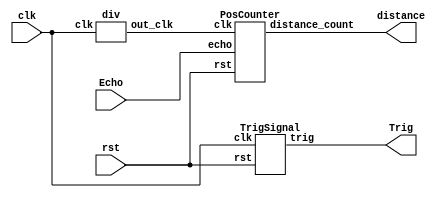
module sonic_top(clk, rst, Echo, Trig, distance);
	input clk, rst, Echo;
	output Trig;
    output [9:0] distance;

	wire[9:0] dis;
    wire clk1M;
	wire clk_2_17;

    assign distance = dis;

    div clk1(clk ,clk1M);
	TrigSignal u1(.clk(clk), .rst(rst), .trig(Trig));
	PosCounter u2(.clk(clk1M), .rst(rst), .echo(Echo), .distance_count(dis));
endmodule

module PosCounter(clk, rst, echo, distance_count); 
    input clk, rst, echo;
    output[9:0] distance_count;

    parameter S0 = 2'b00;
    parameter S1 = 2'b01; 
    parameter S2 = 2'b10;
    
    wire start, finish;
    reg[1:0] curr_state, next_state;
    reg echo_reg1, echo_reg2;
    reg[19:0] count, distance_register;
    wire[9:0] distance_count; 

    always@(posedge clk) begin
        if(rst) begin
            echo_reg1 <= 0;
            echo_reg2 <= 0;
            count <= 0;
            distance_register  <= 0;
            curr_state <= S0;
        end
        else begin
            echo_reg1 <= echo;   
            echo_reg2 <= echo_reg1; 
            case(curr_state)
                S0:begin
                    if (start) curr_state <= next_state; //S1
                    else count <= 0;
                end
                S1:begin
                    if (finish) curr_state <= next_state; //S2
                    else count <= count + 1;
                end
                S2:begin
                    distance_register <= count;
                    count <= 0;
                    curr_state <= next_state; //S0
                end
            endcase
        end
    end
    always @(*) begin
        case(curr_state)
            S0:next_state = S1;
            S1:next_state = S2;
            S2:next_state = S0;
            default:next_state = S0;
        endcase
    end

    assign start = echo_reg1 & ~echo_reg2;  
    assign finish = ~echo_reg1 & echo_reg2;

    // TODO: trace the code and calculate the distance, output it to <distance_count>
    assign distance_count = distance_register >> 6;
endmodule

// send trigger signal to sensor
module TrigSignal(clk, rst, trig);
    input clk, rst;
    output trig;

    reg trig, next_trig;
    reg[23:0] count, next_count;

    always @(posedge clk, posedge rst) begin
        if (rst) begin
            count <= 0;
            trig <= 0;
        end
        else begin
            count <= next_count;
            trig <= next_trig;
        end
    end

    // count 10us to set <trig> high and wait for 100ms, then set <trig> back to low
    always @(*) begin
        // next_trig = trig;
        // next_count = count + 1;
        // TODO: set <next_trig> and <next_count> to let the sensor work properly
        if (trig == 1 && count == 999) begin
            next_trig = 0;
            next_count = 0;
        end else if (trig == 0 && count == 9999999) begin
            next_trig = 1;
            next_count = 0;
        end else begin
            next_trig = trig;
            next_count = count + 1;
        end
    end
endmodule

// clock divider for T = 1us clock
module div(clk ,out_clk);
    input clk;
    output out_clk;
    reg out_clk;
    reg [6:0]cnt;
    
    always @(posedge clk) begin   
        if(cnt < 7'd50) begin
            cnt <= cnt + 1'b1;
            out_clk <= 1'b1;
        end 
        else if(cnt < 7'd100) begin
	        cnt <= cnt + 1'b1;
	        out_clk <= 1'b0;
        end
        else if(cnt == 7'd100) begin
            cnt <= 0;
            out_clk <= 1'b1;
        end
    end
endmodule